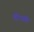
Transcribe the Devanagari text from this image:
फैंटासी